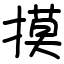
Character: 摸